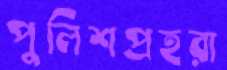
পুলিশপ্রহরা